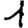
Digit: 1